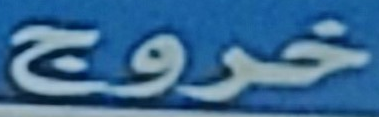
خروج